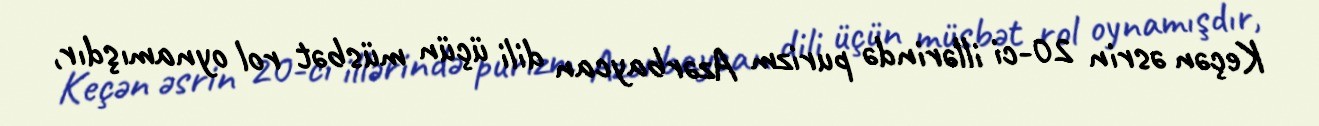
Keçən əsrin 20-ci illərində purizm Azərbaycan dili üçün müsbət rol oynamışdır,